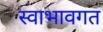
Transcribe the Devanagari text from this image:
स्वाभावगत